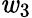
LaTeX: \mathit{w}_{3}